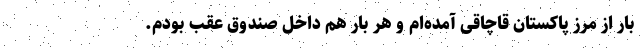
بار از مرز پاکستان قاچاقی آمده‌ام و هر بار هم داخل صندوق عقب بودم.